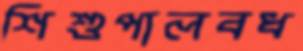
শিশুপালবধ